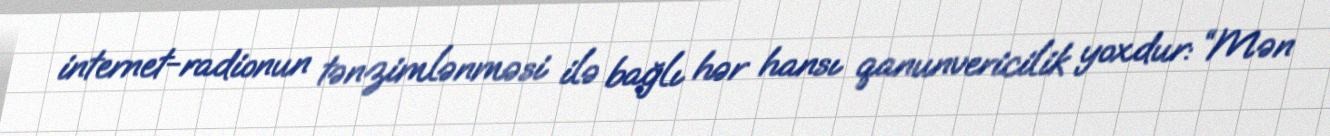
internet-radionun tənzimlənməsi ilə bağlı hər hansı qanunvericilik yoxdur: “Mən